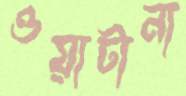
ওয়াটানা